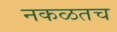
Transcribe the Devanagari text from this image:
नकळतच